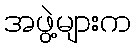
အဖွဲ့များက